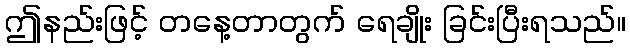
ဤနည်းဖြင့် တနေ့တာတွက် ရေချိုး ခြင်းပြီးရသည်။